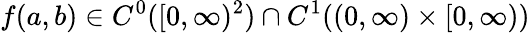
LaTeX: f(a,b)\in C^{0}([0,\infty)^{2})\cap C^{1}((0,\infty)\times[0,\infty))